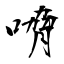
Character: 嗋